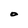
Character: O